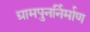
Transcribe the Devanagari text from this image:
ग्रामपुनर्निर्माण